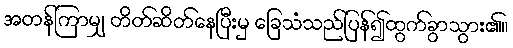
အတန်ကြာမျှ တိတ်ဆိတ်နေပြီးမှ ခြေသံသည်ပြန်၍ထွက်ခွာသွား၏။